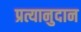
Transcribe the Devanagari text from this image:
प्रत्यानुदान